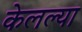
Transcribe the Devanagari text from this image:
केलल्या